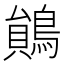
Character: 𪃰